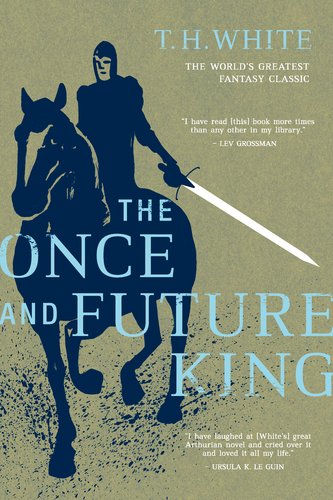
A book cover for The Once and Future King; T. H. White; Science Fiction & Fantasy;